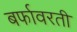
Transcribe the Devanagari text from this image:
बर्फावरती